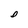
Character: D